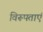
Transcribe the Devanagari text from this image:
विरूपताएं